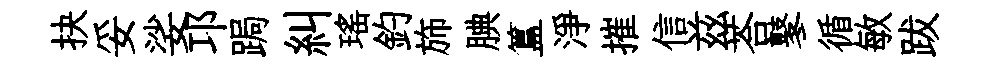
抉妥娑邛跼糾瑤釣斾腆簋淨摧信兹荅鼕循敏跋